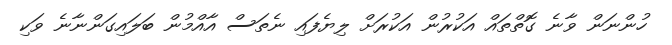
ހުންނަން ވާނެ ގޮތްތައް އަކުރުން އަކުރަށް ލިޔެފައި ނެތަސް އާއްމުން ބަލައިގަންނާނެ ވަކި